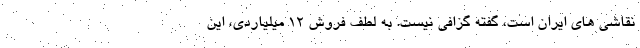
نقاشی های ایران است، گفته گزافی نیست. به لطف فروش ۱۲ میلیاردی، این